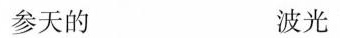
参天的 波光